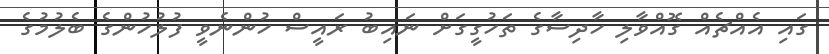
ގައި އެއްޗެއް ގޮއްވާލި ހާދިސާގެ ތަހުގީގަށް ނައިބު ރައީސް ހުންނެވީ ފުލުހުންގެ ބެލުމުގެ